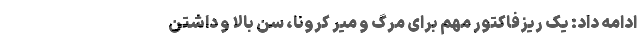
ادامه داد: یک ریزفاکتور مهم برای مرگ و میر کرونا، سن بالا و داشتن